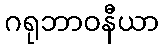
ဂရုဘာဝနီယာ